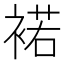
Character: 𧛭